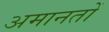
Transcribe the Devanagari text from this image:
अमानतों